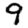
Digit: 9